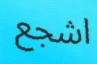
اشجع